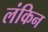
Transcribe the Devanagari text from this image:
लंकिन